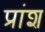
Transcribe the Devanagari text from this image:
प्रांश